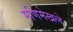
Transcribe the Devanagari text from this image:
मणिमेखले